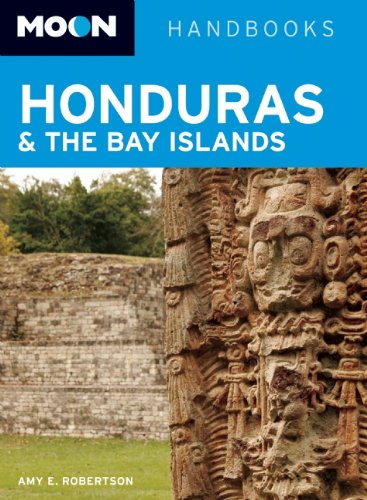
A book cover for Moon Honduras & the Bay Islands (Moon Handbooks); Amy E. Robertson; Travel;